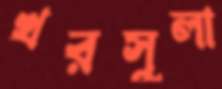
খরসুলা